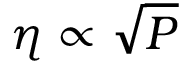
\eta \propto \sqrt { P }